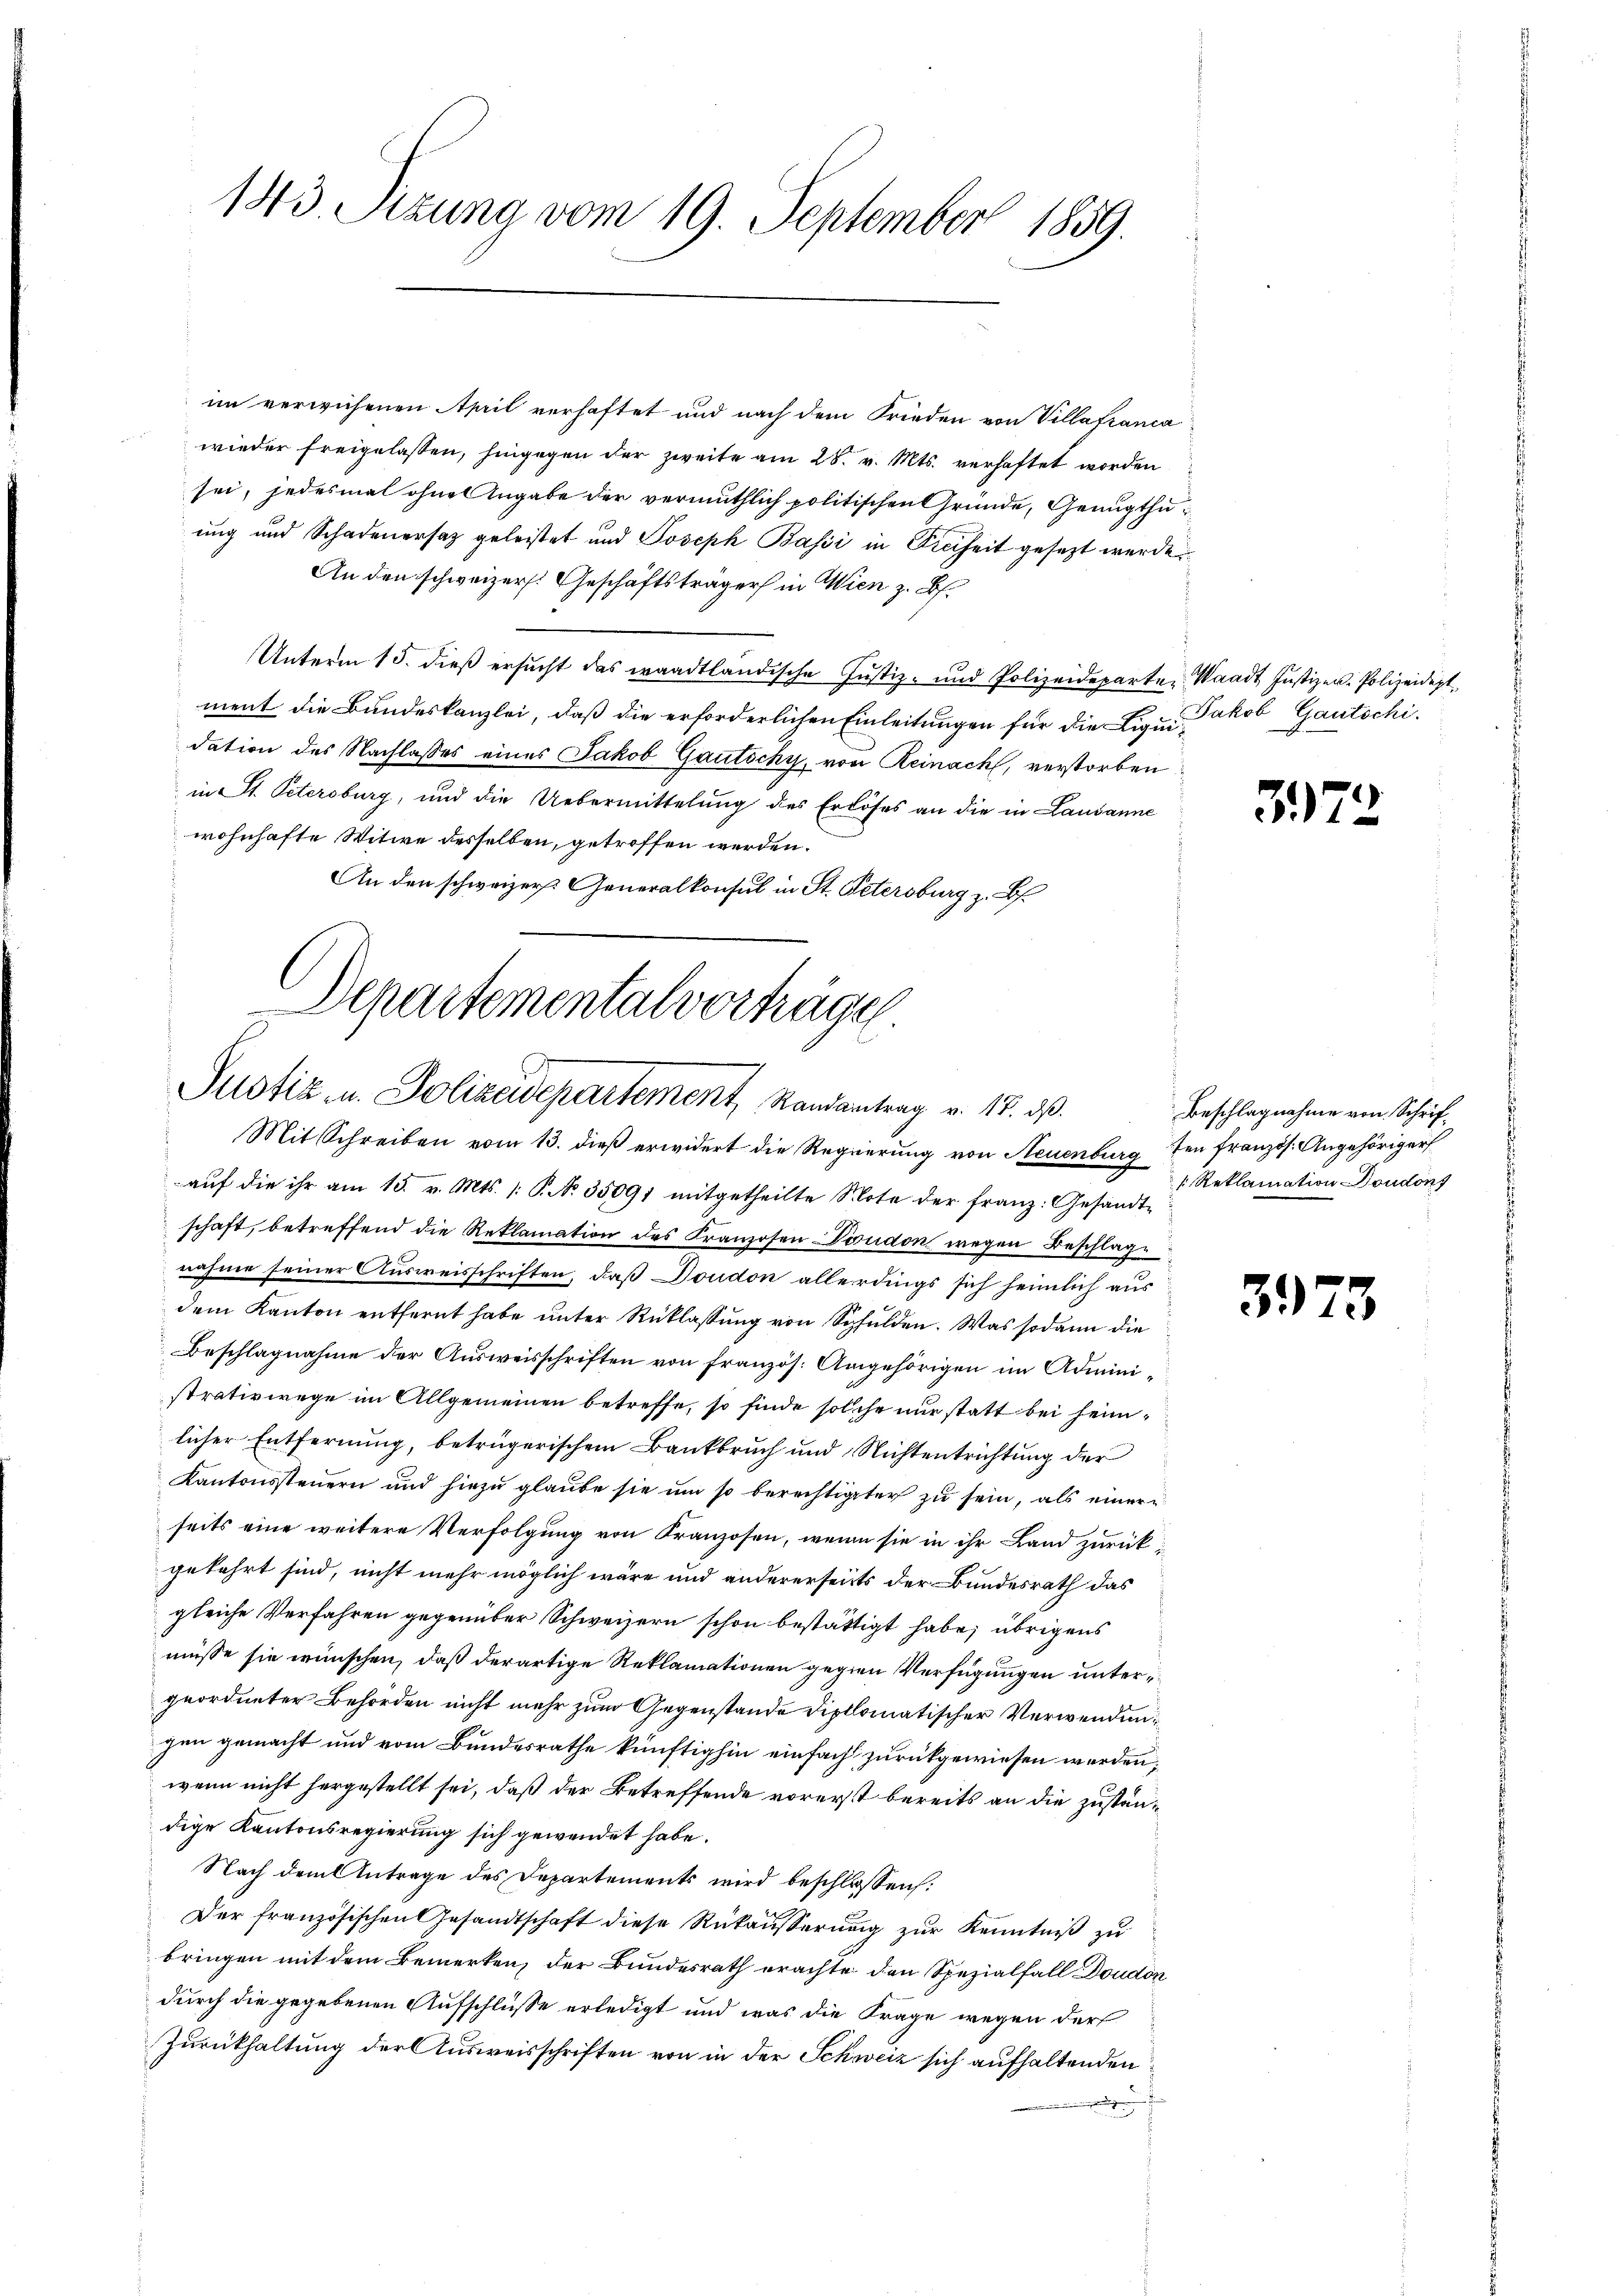
143. Sizung vom 19. September 1859.

im verwiesenen April verhaftet und nach dem Frieden von Villafianca
wieder freigelassen, hingegen der zweite am 28. v. Mts. verhaftet worden
sei, jedesmal ohne Angabe der vermuthlich politischen Gründe, Genugthuung und Schadenersatz geleistet und Joseph Basii in Einheit gesezt werde
An den schweizers. Geschäftsträger in Wien z. B.
Unterm 15. dieß ersucht das waadtländische Justiz- und Polizeideparten Waadt Justizen- Polizeideptment die Bundeskanzlei, daß die erforderlichen Einleitungen für die Liquidation des Nachlasses eines Jakob Gautschy, von Reinach, verstorben
in St. Petersburg, und die Uebermittelung des Erlöses an die in Lausanne
wohnhafte Witwe desselben, getroffen werden.
An den schweizer Generalkonsul in St. Petersburg z. B.

Departementalvortrügel
Justiz- u. Polizeidepartement, Randantrag v. 18. ds.

Mit Schreiben vom 13. dieß erwidert die Regierung von Neuenburg ten französ. Angehöriger
auf die ihr am 15. v. Mts. (: P. No. 35091 mitgetheilte Note der Franz: Gesandtschaft, betreffend die Reklamation des Franzosen Doudon wegen Beschlage
nahme seiner Ausweisschriften, daß Doudon allerdings sich heimlich aus
dem Kanton entfernt habe unter Rüklassung von Schulden. Was sodann die
Beschlagnahme der Ausweisschriften von französ. Angehörigen im Administrativwege im Allgemeinen betreffe, so finde solche nur statt bei heimlicher Entfernung, betrügerischem Bankbruch und Nichtentrichtung der
Kantonssteŭern und hiezŭ glaŭbe sie ŭm so berechtigter zŭ sein, als einere
seits eine weitere Verfolgung von Kranzosen, wenn sie in ihr Land zurückgekehrt sind, nicht mehr möglich wäre und andererseits der Bundesrath das
gleiche Verfahren gegenüber Schweizern schon bestättigt habe; übrigens
müsse sie wünschen, daß derartige Reklamationen gegen Verfügungen untergeordneter Behörden nicht mehr zum Gegenstände diplomatischer Verwendungen gemacht und vom Bundesrathe künftighin einfach zurückgewiesen werden,
wenn nicht hergestellt sei, daß der Betreffende vorerst bereits an die zuständige Kantonsregierung sich gewendet habe.
Nach dem Antrage des Departements wird beschlossen:
Der französischen Gesandtschaft diese Rükaŭsserŭng zŭr Kenntniβ zŭ
bringen mit dem Bemerken, der Bundesrath erachte den Spezialfall Doudon
durch die gegebenen Aufschlüsse erledigt und was die Frage wegen der
Zurückhaltung der Ausweisschriften von in der Schweiz sich aufhaltenden

Jakob Gautschi

57

Beschlagnahme von Schrif¬
Reklamation Doudon

31)